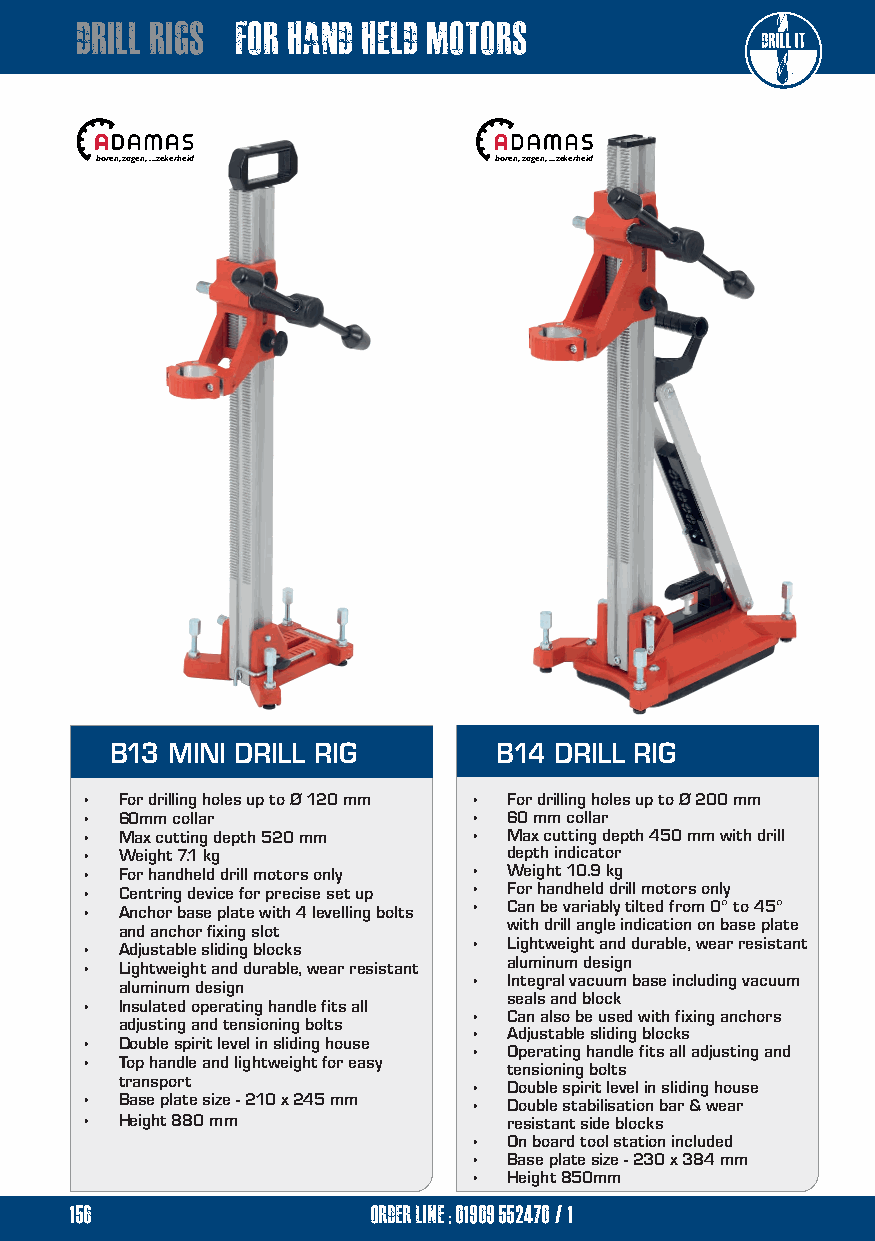
drill rigs for hand held motors
 boren, zagen, ...zekerheid boren, zagen, ...zekerheid
 B13 MINI DRILL RIG        B14 DRILL RIG
 •  For drilling holes up to Ø 120 mm • For drilling holes up to Ø 200 mm
 •  60mm collar            •  60 mm collar
 •  Max cutting depth 520 mm • Max cutting depth 450 mm with drill
 •  Weight 7.1 kg             depth indicator
 •  For handheld drill motors only • Weight 10.9 kg
 •  Centring device for precise set up • For handheld drill motors only
 •  Anchor base plate with 4 levelling bolts • Can be variably tilted from 0° to 45°
 with drill angle indication on base plate
 and anchor fixing slot
 •  Lightweight and durable, wear resistant
 •  Adjustable sliding blocks
 aluminum design
 •  Lightweight and durable, wear resistant
 •  Integral vacuum base including vacuum
 aluminum design
 seals and block
 •  Insulated operating handle fits all
 •  Can also be used with fixing anchors
 adjusting and tensioning bolts
 •  Adjustable sliding blocks
 •  Double spirit level in sliding house
 •  Operating handle fits all adjusting and
 •  Top handle and lightweight for easy
 tensioning bolts
 transport
 •  Double spirit level in sliding house
 •  Base plate size - 210 x 245 mm • Double stabilisation bar & wear
 •  Height 880 mm             resistant side blocks
 •  On board tool station included
 •  Base plate size - 230 x 384 mm
 •  Height 850mm
 156                 order line ; 01909 552470/1